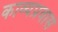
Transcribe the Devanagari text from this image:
काव्यप्रवास